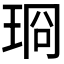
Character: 𪻣